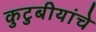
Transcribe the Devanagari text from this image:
कुटुबीयांचे